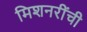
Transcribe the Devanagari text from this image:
मिशनरींची